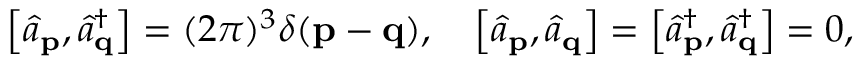
\left[ { \hat { a } } _ { \mathbf { p } } , { \hat { a } } _ { \mathbf { q } } ^ { \dagger } \right] = ( 2 \pi ) ^ { 3 } \delta ( \mathbf { p } - \mathbf { q } ) , \quad \left[ { \hat { a } } _ { \mathbf { p } } , { \hat { a } } _ { \mathbf { q } } \right] = \left[ { \hat { a } } _ { \mathbf { p } } ^ { \dagger } , { \hat { a } } _ { \mathbf { q } } ^ { \dagger } \right] = 0 ,